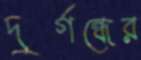
দুর্গন্ধের